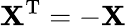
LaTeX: \mathbf{X}^{\mathrm{{{T}}}}=-\mathbf{X}